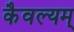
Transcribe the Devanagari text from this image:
कैवल्यम्